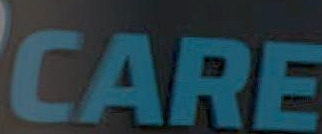
CARE